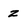
Character: z